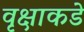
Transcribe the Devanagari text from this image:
वृक्षाकडे